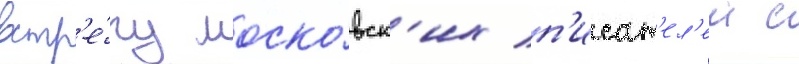
встр'е́чу моско́вск'их п'исат'ел'еи с